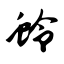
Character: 蛉